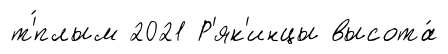
т'́плым 2021 Р'як'инцы высота́